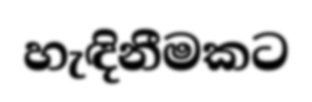
හැඳිනීමකට